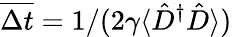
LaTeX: \overline{{\Delta t}}=1/(2\gamma\langle\hat{D}^{\dagger}\hat{D}\rangle)